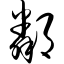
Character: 邻